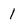
Character: 1